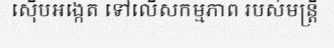
ស៊ើបអង្កេត ទៅលើសកម្មភាព របស់មន្ត្រី